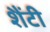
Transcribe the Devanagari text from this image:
शैंटी